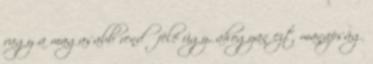
vagy a magasabb rendű felé úgy, ahogyan ezt manapság